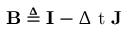
\mathbf { B } \triangleq \mathbf { I } - \ensuremath { \Delta \mathrm { ~ t ~ } } \mathbf { J }